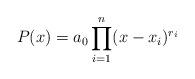
LaTeX: \begin{align*}P(x)=a_{0}\displaystyle\prod_{i=1}^{n}(x-x_{i})^{r_{i}}\end{align*}